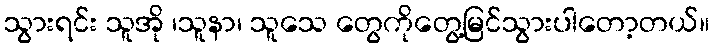
သွားရင်း သူအို ၊သူနာ၊ သူသေ တွေကိုတွေ့မြင်သွားပါတော့တယ်။